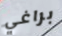
براغي